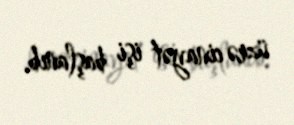
üzrə cinayət işi başlanıb.